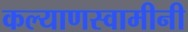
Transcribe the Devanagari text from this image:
कल्याणस्वामीनी